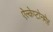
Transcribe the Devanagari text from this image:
ऐल्केप्टोनमेह